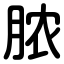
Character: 脓